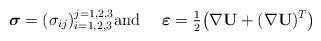
LaTeX: \begin{align*}\boldsymbol{\sigma} = (\sigma_{ij})_{i = 1, 2, 3}^{j = 1, 2, 3}\mbox{and \quad}\boldsymbol{\varepsilon} = \tfrac{1}{2}\big(\nabla \mathbf{U} + (\nabla \mathbf{U})^{T}\big) \end{align*}